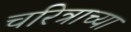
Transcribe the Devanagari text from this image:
चरित्राच्या